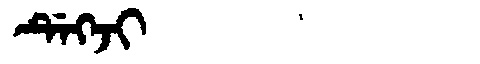
Manchu: ᡩᡝᡴᠵᡳ
Romanization: DEKJI